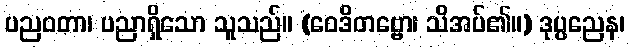
ပညဝတာ၊ ပညာရှိသော သူသည်။ (ဝေဒိတဗ္ဗော၊ သိအပ်၏။) ဒုပ္ပညေန၊